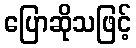
ပြောဆိုသဖြင့်